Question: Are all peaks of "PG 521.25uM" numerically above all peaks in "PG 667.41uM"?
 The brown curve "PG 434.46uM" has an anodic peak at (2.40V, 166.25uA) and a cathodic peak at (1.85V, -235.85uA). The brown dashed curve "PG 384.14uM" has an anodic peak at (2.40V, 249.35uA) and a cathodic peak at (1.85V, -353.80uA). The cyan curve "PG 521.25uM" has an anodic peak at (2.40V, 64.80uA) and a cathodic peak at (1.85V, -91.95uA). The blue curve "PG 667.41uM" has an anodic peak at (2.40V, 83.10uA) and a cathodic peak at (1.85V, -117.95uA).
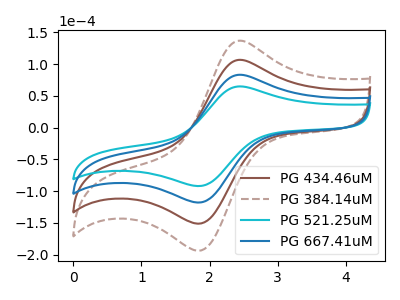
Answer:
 <answer>Every peak in "PG 521.25uM" is lower than every peak in "PG 667.41uM".</answer>
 <eval>lower</eval>